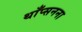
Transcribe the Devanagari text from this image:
थाँप्सनना